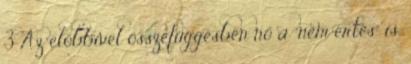
3 Az előbbivel összefüggésben nő a "nem értés" is.